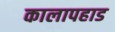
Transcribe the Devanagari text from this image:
कालापहाड